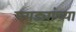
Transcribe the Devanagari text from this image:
पगड्यांच्या